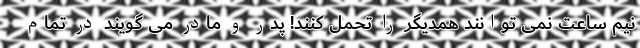
نیم ساعت نمی توانند همدیگر را تحمل کنند! پدر و مادر می گویند در تمام